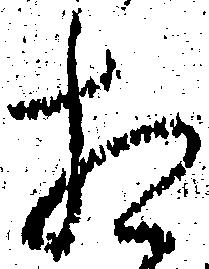
相